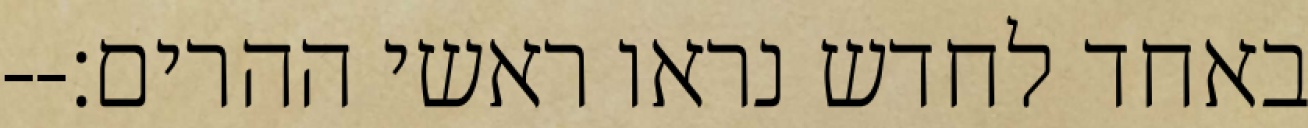
באחד לחדש נראו ראשי ההרים׃--